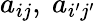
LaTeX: a_{ij},\ a_{i^{\prime}j^{\prime}}